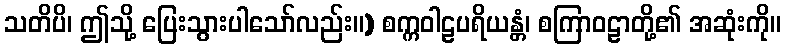
သတိပိ၊ ဤသို့ ပြေးသွားပါသော်လည်း။) စက္ကဝါဠပရိယန္တံ၊ စကြာဝဠာတို့၏ အဆုံးကို။